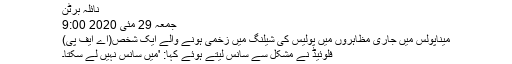
نائلہ برٹن
جمعہ 29 مئی 2020 9:00
میناپولس میں جاری مظاہروں میں پولیس کی شیلنگ میں زخمی ہونے والے ایک شخص(اے ایف پی)
فلوئیڈ نے مشکل سے سانس لیتے ہوئے کہا: 'میں سانس نہیں لے سکتا۔